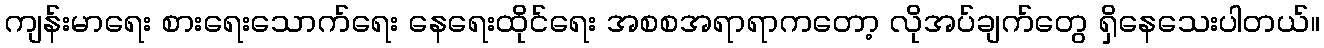
ကျန်းမာရေး စားရေးသောက်ရေး နေရေးထိုင်ရေး အစစအရာရာကတော့ လိုအပ်ချက်တွေ ရှိနေသေးပါတယ်။